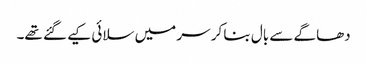
دھاگے سے بال بنا کر سر میں سلائی کیے گئے تھے۔